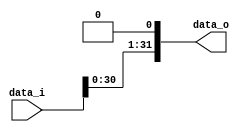
module ShiftLeftOneBit(
    data_i,
    data_o
);

input signed [31:0] data_i;
output signed [31:0] data_o;

assign data_o = data_i << 1;

endmodule